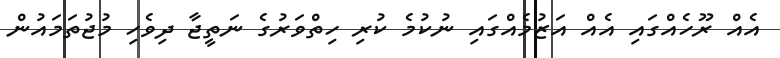
އެއް ރޫހެއްގައި އެއް އަޒުމެއްގައި ނުކުމެ ކުރި ހިތްވަރުގެ ނަތީޖާ ދިވެހި މުޖުތަމައުން